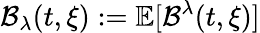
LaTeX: \mathcal{B}_{\lambda}(t,\xi):=\mathbb{E}[\mathcal{B}^{\lambda}(t,\xi)]